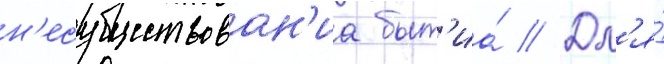
н'есуществован'иа быт'иа́ // Дл'я́